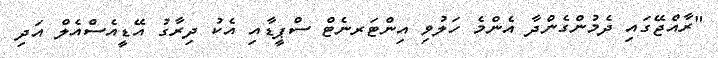
"ރާއްޖޭގައި ދެމުންގެންދާ އެންމެ ހަލުވި އިންޓަރނެޓް ސްޕީޑާއި އެކު ދިރާގު އޭޑީއެސްއެލް އަދި